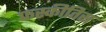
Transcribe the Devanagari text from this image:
फस्कीतिस